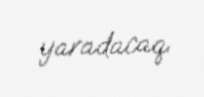
yaradacaq.